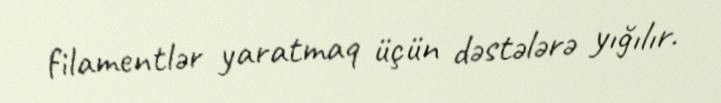
filamentlər yaratmaq üçün dəstələrə yığılır.